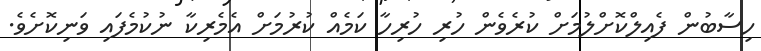
ހިސާބުން ފެއިލްކޮށްލުމަށް ކުރެވެން ހުރި ހުރިހާ ކަމެއް ކުރުމަށް އެމެރިކާ ނުކުމެފައި ވަނިކޮށެވެ.